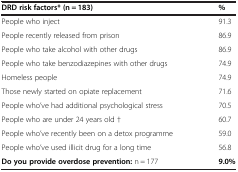
<table><thead><tr><td><b>DRD risk factors* (n = 183)</b></td><td><b>%</b></td></tr></thead><tbody><tr><td>People who inject</td><td>91.3</td></tr><tr><td>People recently released from prison</td><td>86.9</td></tr><tr><td>People who take alcohol with other drugs</td><td>86.9</td></tr><tr><td>People who take benzodiazepines with other drugs</td><td>74.9</td></tr><tr><td>Homeless people</td><td>74.9</td></tr><tr><td>Those newly started on opiate replacement</td><td>71.6</td></tr><tr><td>People who’ve had additional psychological stress</td><td>70.5</td></tr><tr><td>People who are under 24 years old †</td><td>60.7</td></tr><tr><td>People who’ve recently been on a detox programme</td><td>59.0</td></tr><tr><td>People who’ve used illicit drug for a long time</td><td>56.8</td></tr><tr><td><b>Do you provide overdose prevention:</b> n = 177</td><td><b>9.0%</b></td></tr></tbody></table>